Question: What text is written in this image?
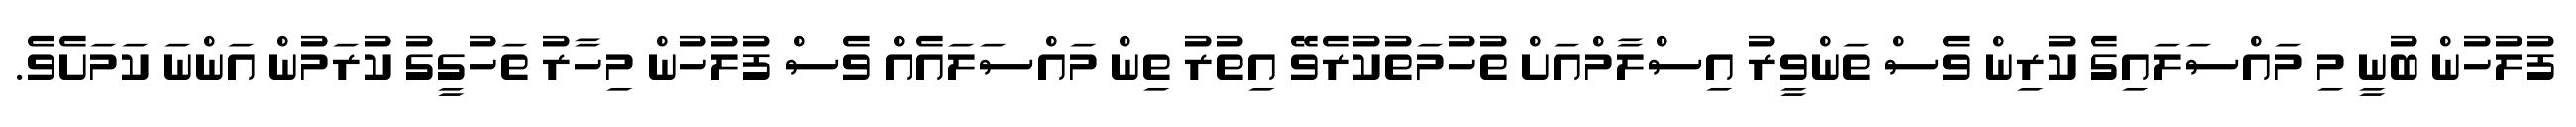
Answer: ފުލުހުން ބުނީ މި މައްސަލައިގެ ކުރިން ވެސް ތަންވީރު އިސްލާމްއަށް ތުހުމަތުކުރެވޭ އިތުރު ތިން މައްސަލައެއް ވެސް ފުލުހުން މިހާރު ތަހުގީގު ކުރަމުން އަންނަ ކަމަށެވެ.